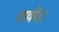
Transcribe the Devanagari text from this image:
रावरे।।